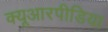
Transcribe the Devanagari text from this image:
क्यूआरपीडिया